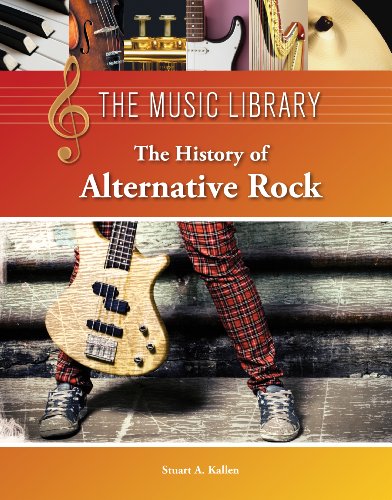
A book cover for The History of Alternative Rock (The Music Library); Stuart A. Kallen; Teen & Young Adult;